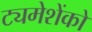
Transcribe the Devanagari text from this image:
ट्यमेशेंको